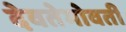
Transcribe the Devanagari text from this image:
देवतेभोवती